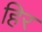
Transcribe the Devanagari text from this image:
हिर